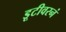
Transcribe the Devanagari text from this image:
डूटीवरनं